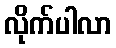
လိုက်ပါလာ